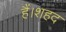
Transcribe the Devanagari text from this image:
हैं।शहद